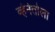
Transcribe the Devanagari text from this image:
व्हेनेतोला